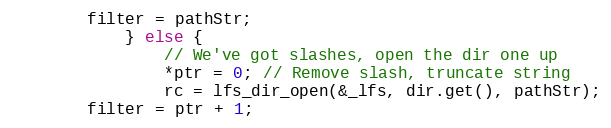
Language: C++
		filter = pathStr;
            } else {
                // We've got slashes, open the dir one up
                *ptr = 0; // Remove slash, truncate string
                rc = lfs_dir_open(&_lfs, dir.get(), pathStr);
		filter = ptr + 1;